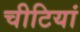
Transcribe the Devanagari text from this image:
चीटियां